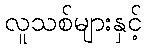
လူသစ်များနှင့်